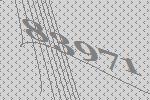
83971